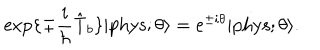
\exp \{ \mp \frac { i } { \hbar } \hat { \mathrm { T } } _ { b } \} | \mathrm { p h y s } ; \theta \rangle = e ^ { \pm i \theta } | \mathrm { p h y s } ; \theta \rangle .